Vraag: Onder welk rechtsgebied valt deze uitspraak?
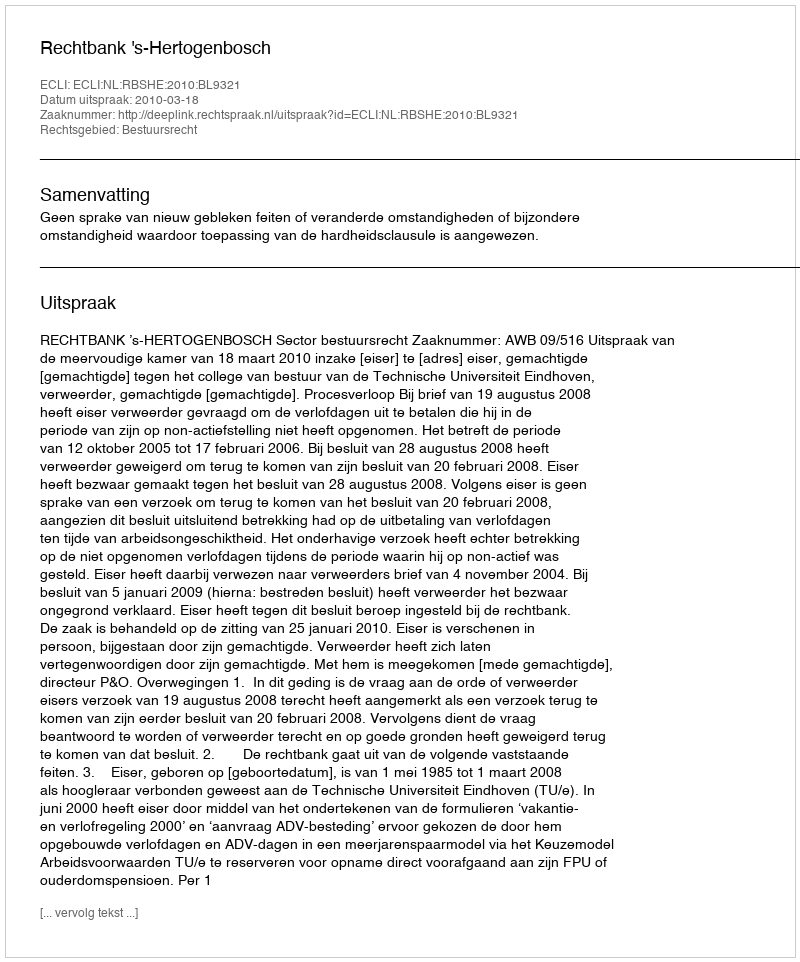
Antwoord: Bestuursrecht